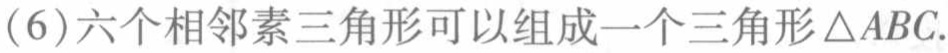
(6)六个相邻素三角形可以组成一个三角形$\triangle ABC$.